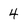
Character: 4